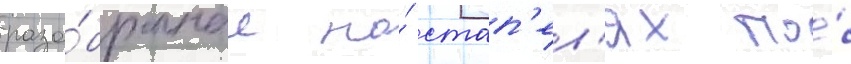
разо́бранные на́ стап'ел'ях по́